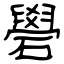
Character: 礐